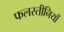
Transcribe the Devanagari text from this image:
फलस्तीनियों